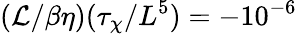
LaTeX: (\mathcal{L}/\beta\eta)(\tau_{\chi}/L^{5})=-10^{-6}